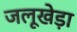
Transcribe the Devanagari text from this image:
जलूखेड़ा